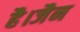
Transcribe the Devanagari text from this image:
है।जैन